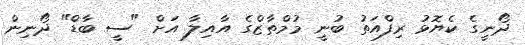
ދޯނީގެ ކެޔޮޅު ރިފްއަތު ބުނީ މުމްތާޒްގެ އާއިލާ އަށް "ސީ ބާޑް" ދޯނިން